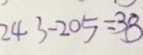
2 4 3 - 2 0 5 = 3 8